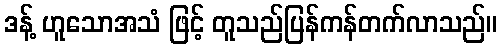
ဒန့် ဟူသောအသံ ဖြင့် တူသည်ပြန်ကန်တက်လာသည်။